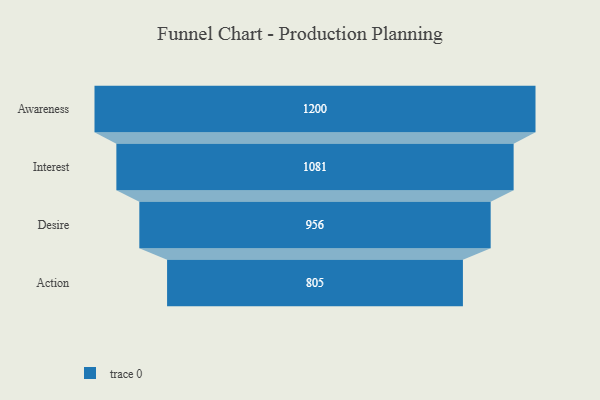
{"axis": {"x": "Stage", "y": "Value"}, "legend": [""], "data": [{"x": "Awareness", "y": 1200.0, "type": ""}, {"x": "Interest", "y": 1081.0, "type": ""}, {"x": "Desire", "y": 956.0, "type": ""}, {"x": "Action", "y": 805.0, "type": ""}]}